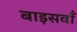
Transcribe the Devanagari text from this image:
बाइसवाँ